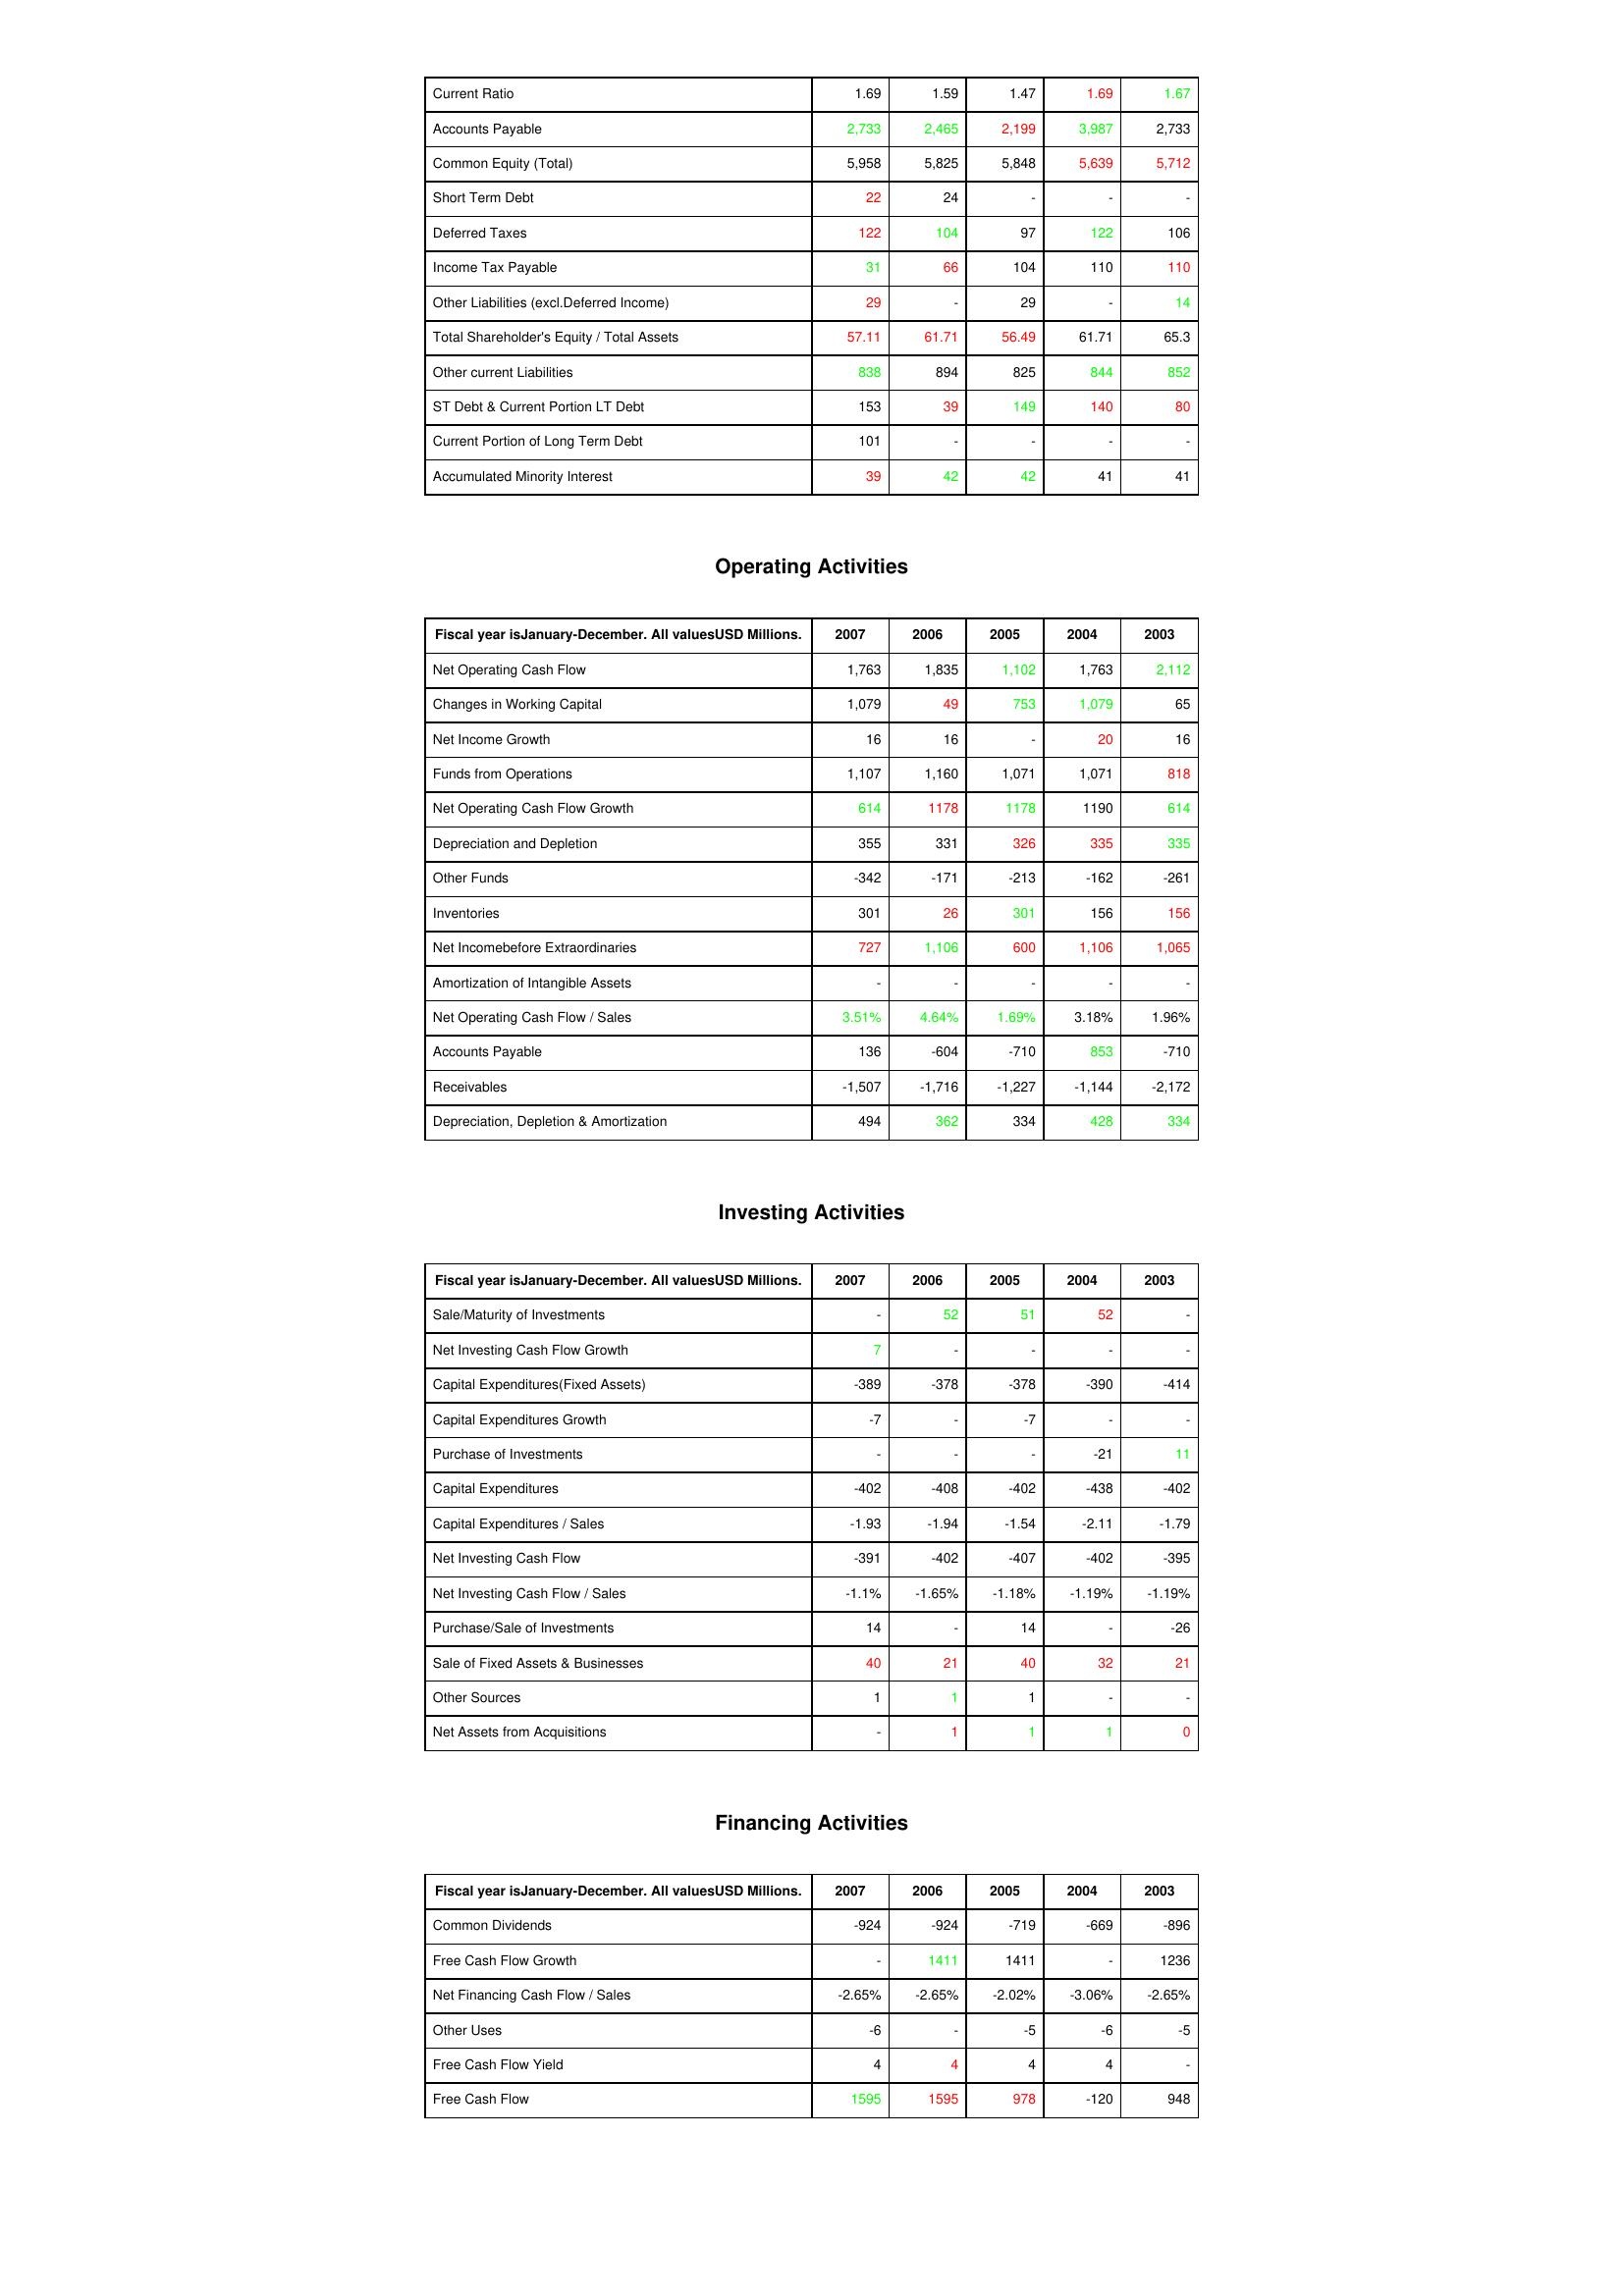
gt_parse: 2007: Liabilities & Shareholder's Equity: Current Ratio: 1.69
Accounts Payable: 2,733
Common Equity (Total): 5,958
Short Term Debt: 22
Deferred Taxes: 122
Income Tax Payable: 31
Other Liabilities (excl.Deferred Income): 29
Total Shareholder's Equity / Total Assets: 57.11
Other current Liabilities: 838
ST Debt & Current Portion LT Debt: 153
Current Portion of Long Term Debt: 101
Accumulated Minority Interest: 39
Operating Activities: Net Operating Cash Flow: 1,763
Changes in Working Capital: 1,079
Net Income Growth: 16
Funds from Operations: 1,107
Net Operating Cash Flow Growth: 614
Depreciation and Depletion: 355
Other Funds: -342
Inventories: 301
Net Incomebefore Extraordinaries: 727
Amortization of Intangible Assets: -
Net Operating Cash Flow / Sales: 3.51%
Accounts Payable: 136
Receivables: -1,507
Depreciation, Depletion & Amortization: 494
Investing Activities: Sale/Maturity of Investments: -
Net Investing Cash Flow Growth: 7
Capital Expenditures(Fixed Assets): -389
Capital Expenditures Growth: -7
Purchase of Investments: -
Capital Expenditures: -402
Capital Expenditures / Sales: -1.93
Net Investing Cash Flow: -391
Net Investing Cash Flow / Sales: -1.1%
Purchase/Sale of Investments: 14
Sale of Fixed Assets & Businesses: 40
Other Sources: 1
Net Assets from Acquisitions: -
Financing Activities: Common Dividends: -924
Free Cash Flow Growth: -
Net Financing Cash Flow / Sales: -2.65%
Other Uses: -6
Free Cash Flow Yield: 4
Free Cash Flow: 1595
2006: Liabilities & Shareholder's Equity: Current Ratio: 1.59
Accounts Payable: 2,465
Common Equity (Total): 5,825
Short Term Debt: 24
Deferred Taxes: 104
Income Tax Payable: 66
Other Liabilities (excl.Deferred Income): -
Total Shareholder's Equity / Total Assets: 61.71
Other current Liabilities: 894
ST Debt & Current Portion LT Debt: 39
Current Portion of Long Term Debt: -
Accumulated Minority Interest: 42
Operating Activities: Net Operating Cash Flow: 1,835
Changes in Working Capital: 49
Net Income Growth: 16
Funds from Operations: 1,160
Net Operating Cash Flow Growth: 1178
Depreciation and Depletion: 331
Other Funds: -171
Inventories: 26
Net Incomebefore Extraordinaries: 1,106
Amortization of Intangible Assets: -
Net Operating Cash Flow / Sales: 4.64%
Accounts Payable: -604
Receivables: -1,716
Depreciation, Depletion & Amortization: 362
Investing Activities: Sale/Maturity of Investments: 52
Net Investing Cash Flow Growth: -
Capital Expenditures(Fixed Assets): -378
Capital Expenditures Growth: -
Purchase of Investments: -
Capital Expenditures: -408
Capital Expenditures / Sales: -1.94
Net Investing Cash Flow: -402
Net Investing Cash Flow / Sales: -1.65%
Purchase/Sale of Investments: -
Sale of Fixed Assets & Businesses: 21
Other Sources: 1
Net Assets from Acquisitions: 1
Financing Activities: Common Dividends: -924
Free Cash Flow Growth: 1411
Net Financing Cash Flow / Sales: -2.65%
Other Uses: -
Free Cash Flow Yield: 4
Free Cash Flow: 1595
2005: Liabilities & Shareholder's Equity: Current Ratio: 1.47
Accounts Payable: 2,199
Common Equity (Total): 5,848
Short Term Debt: -
Deferred Taxes: 97
Income Tax Payable: 104
Other Liabilities (excl.Deferred Income): 29
Total Shareholder's Equity / Total Assets: 56.49
Other current Liabilities: 825
ST Debt & Current Portion LT Debt: 149
Current Portion of Long Term Debt: -
Accumulated Minority Interest: 42
Operating Activities: Net Operating Cash Flow: 1,102
Changes in Working Capital: 753
Net Income Growth: -
Funds from Operations: 1,071
Net Operating Cash Flow Growth: 1178
Depreciation and Depletion: 326
Other Funds: -213
Inventories: 301
Net Incomebefore Extraordinaries: 600
Amortization of Intangible Assets: -
Net Operating Cash Flow / Sales: 1.69%
Accounts Payable: -710
Receivables: -1,227
Depreciation, Depletion & Amortization: 334
Investing Activities: Sale/Maturity of Investments: 51
Net Investing Cash Flow Growth: -
Capital Expenditures(Fixed Assets): -378
Capital Expenditures Growth: -7
Purchase of Investments: -
Capital Expenditures: -402
Capital Expenditures / Sales: -1.54
Net Investing Cash Flow: -407
Net Investing Cash Flow / Sales: -1.18%
Purchase/Sale of Investments: 14
Sale of Fixed Assets & Businesses: 40
Other Sources: 1
Net Assets from Acquisitions: 1
Financing Activities: Common Dividends: -719
Free Cash Flow Growth: 1411
Net Financing Cash Flow / Sales: -2.02%
Other Uses: -5
Free Cash Flow Yield: 4
Free Cash Flow: 978
2004: Liabilities & Shareholder's Equity: Current Ratio: 1.69
Accounts Payable: 3,987
Common Equity (Total): 5,639
Short Term Debt: -
Deferred Taxes: 122
Income Tax Payable: 110
Other Liabilities (excl.Deferred Income): -
Total Shareholder's Equity / Total Assets: 61.71
Other current Liabilities: 844
ST Debt & Current Portion LT Debt: 140
Current Portion of Long Term Debt: -
Accumulated Minority Interest: 41
Operating Activities: Net Operating Cash Flow: 1,763
Changes in Working Capital: 1,079
Net Income Growth: 20
Funds from Operations: 1,071
Net Operating Cash Flow Growth: 1190
Depreciation and Depletion: 335
Other Funds: -162
Inventories: 156
Net Incomebefore Extraordinaries: 1,106
Amortization of Intangible Assets: -
Net Operating Cash Flow / Sales: 3.18%
Accounts Payable: 853
Receivables: -1,144
Depreciation, Depletion & Amortization: 428
Investing Activities: Sale/Maturity of Investments: 52
Net Investing Cash Flow Growth: -
Capital Expenditures(Fixed Assets): -390
Capital Expenditures Growth: -
Purchase of Investments: -21
Capital Expenditures: -438
Capital Expenditures / Sales: -2.11
Net Investing Cash Flow: -402
Net Investing Cash Flow / Sales: -1.19%
Purchase/Sale of Investments: -
Sale of Fixed Assets & Businesses: 32
Other Sources: -
Net Assets from Acquisitions: 1
Financing Activities: Common Dividends: -669
Free Cash Flow Growth: -
Net Financing Cash Flow / Sales: -3.06%
Other Uses: -6
Free Cash Flow Yield: 4
Free Cash Flow: -120
2003: Liabilities & Shareholder's Equity: Current Ratio: 1.67
Accounts Payable: 2,733
Common Equity (Total): 5,712
Short Term Debt: -
Deferred Taxes: 106
Income Tax Payable: 110
Other Liabilities (excl.Deferred Income): 14
Total Shareholder's Equity / Total Assets: 65.3
Other current Liabilities: 852
ST Debt & Current Portion LT Debt: 80
Current Portion of Long Term Debt: -
Accumulated Minority Interest: 41
Operating Activities: Net Operating Cash Flow: 2,112
Changes in Working Capital: 65
Net Income Growth: 16
Funds from Operations: 818
Net Operating Cash Flow Growth: 614
Depreciation and Depletion: 335
Other Funds: -261
Inventories: 156
Net Incomebefore Extraordinaries: 1,065
Amortization of Intangible Assets: -
Net Operating Cash Flow / Sales: 1.96%
Accounts Payable: -710
Receivables: -2,172
Depreciation, Depletion & Amortization: 334
Investing Activities: Sale/Maturity of Investments: -
Net Investing Cash Flow Growth: -
Capital Expenditures(Fixed Assets): -414
Capital Expenditures Growth: -
Purchase of Investments: 11
Capital Expenditures: -402
Capital Expenditures / Sales: -1.79
Net Investing Cash Flow: -395
Net Investing Cash Flow / Sales: -1.19%
Purchase/Sale of Investments: -26
Sale of Fixed Assets & Businesses: 21
Other Sources: -
Net Assets from Acquisitions: 0
Financing Activities: Common Dividends: -896
Free Cash Flow Growth: 1236
Net Financing Cash Flow / Sales: -2.65%
Other Uses: -5
Free Cash Flow Yield: -
Free Cash Flow: 948